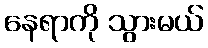
နေရာကို သွားမယ်